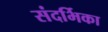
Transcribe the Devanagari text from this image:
संदर्भिका